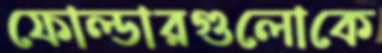
ফোল্ডারগুলোকে